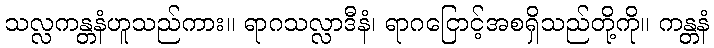
သလ္လကန္တနံဟူသည်ကား။ ရာဂသလ္လာဒီနံ၊ ရာဂငြောင့်အစရှိသည်တို့ကို။ ကန္တနံ